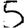
Digit: 5